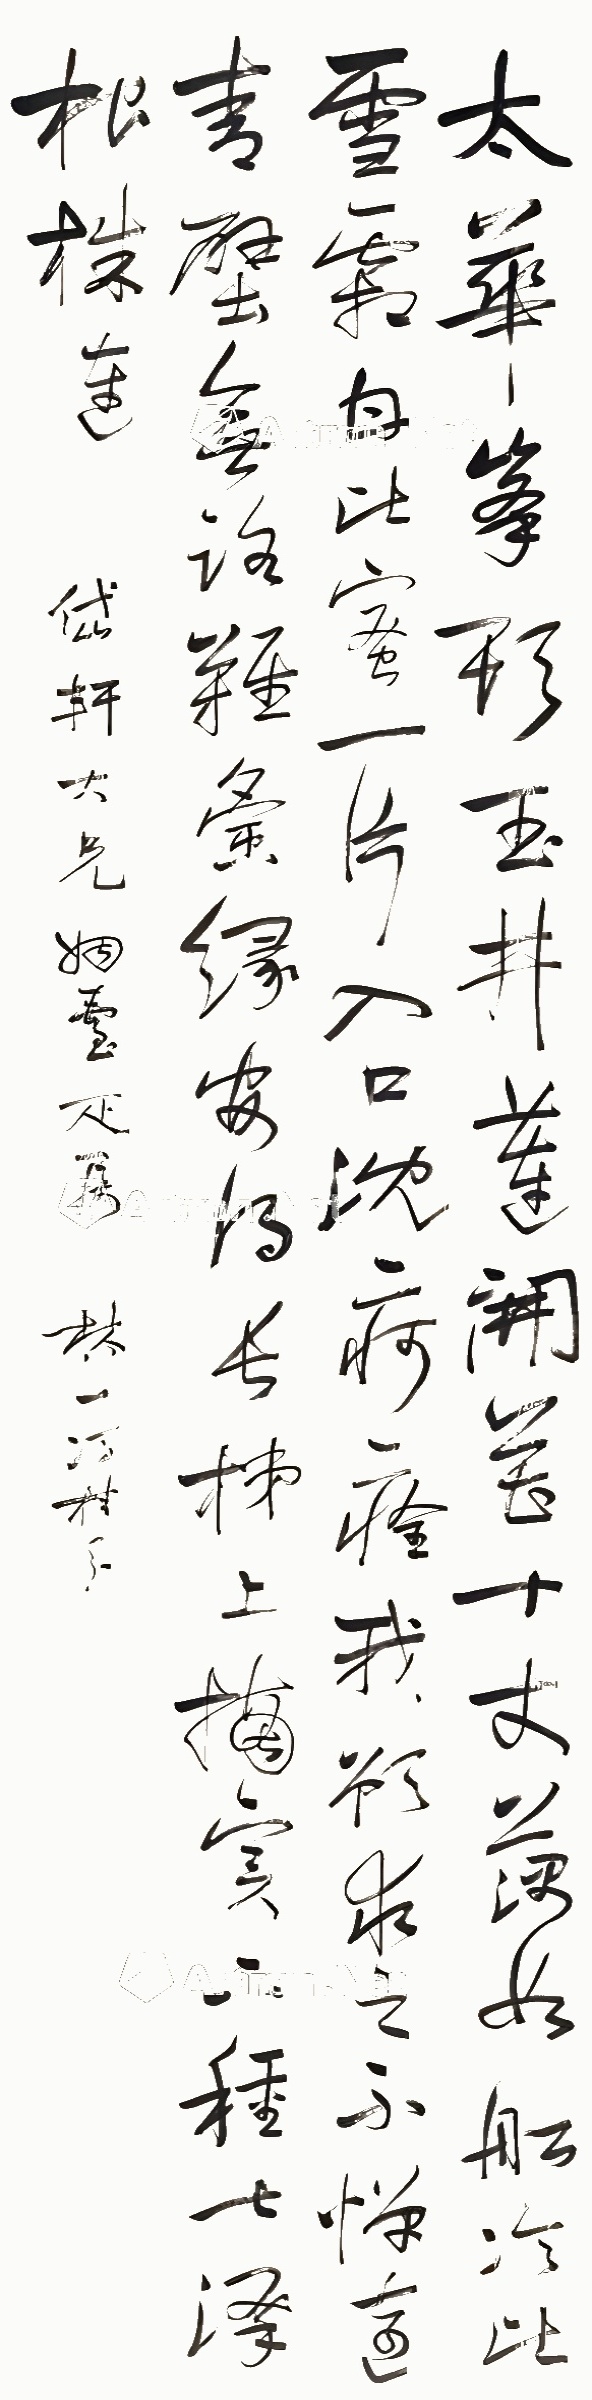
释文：太华峰头玉井莲，开花十丈藕如船。冷比雪霜甘比蜜，一片入口沉疴痊。我欲求之不惮远，青壁无路难夤缘。安得长梯上摘实，下种七泽根株连。岱轩大兄姻台疋属，林一冯桂芬。